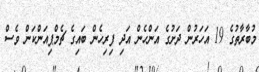
މުބާރާތުގެ 19 އަހަރުން ދަށުގެ އަންހެން އަދި ފިރިހެން ބައިގެ ޗެމްޕިއަންކަން ވެސް